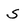
Character: S